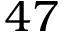
4 7